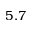
5 . 7